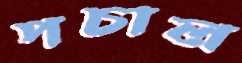
পচাল